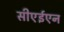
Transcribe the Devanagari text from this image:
सीएईएन